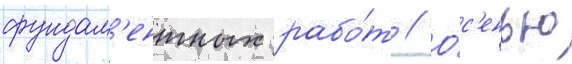
фундам'ентных рабо́т // О́с'енью